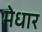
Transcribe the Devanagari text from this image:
मेधार